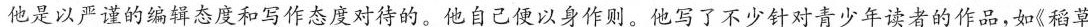
他是以严谨的编辑态度和写作态度对待的。他自己便以身作则。他写了不少针对青少年读者的作品，如《稻草